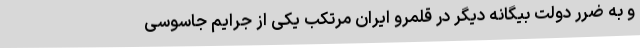
و به ضرر دولت بیگانه دیگر در قلمرو ایران مرتکب یکی از جرایم جاسوسی